Civil Veterinary Dept. Assam report 1911-1927 - 1911-1927
Year: 1911
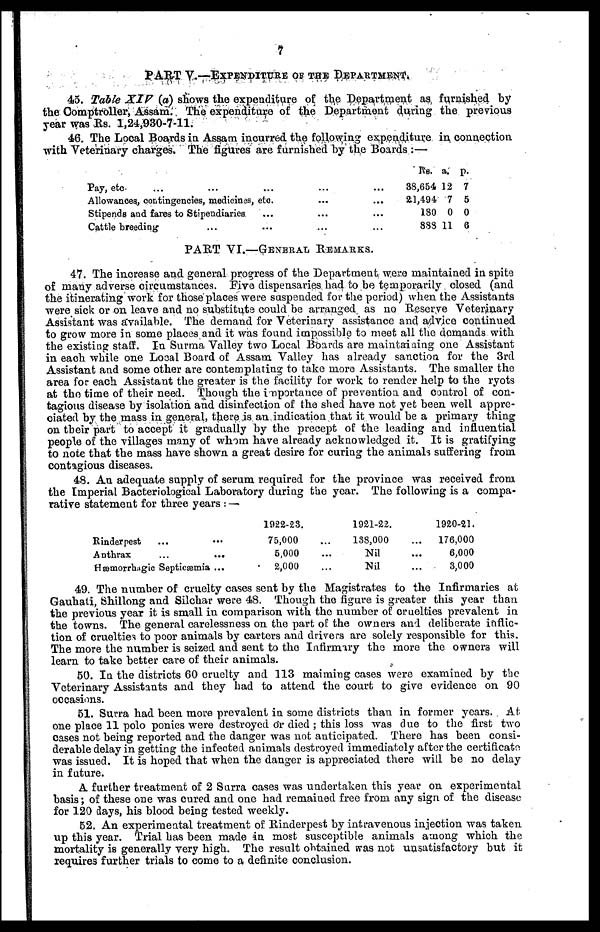
7
PART V.—EXPENDITURE OF THE DEPARTMENT.
45. Table X1V (a) shows the expenditure of the Department as furnished by
the Comptroller, Assam. The expenditure of the Department during the previous
year was Rs. 1,24,930-7-11.
46. The Local Boards in Assam incurred the following expenditure in connection
with Veterinary charges. The figures are furnished by the Boards:—
Pay, etc. ... ... ...
Allowances, contingencies, medicines, etc.
Stipends and fares to Stipendiaries ...
Cattle breeding ... ...
...
...
...
...
...
...
...
...
Rs.
38,654
21,494
180
883
a.
12
7
0
11
p.
7
5
0
6
PART VI.—GENERAL REMARKS.
47. The increase and general progress of the Department were maintained in spite
of many adverse circumstances. Five dispensaries had to be temporarily closed (and
the itinerating work for those places were suspended for the period) when the Assistants
were sick or on leave and no substitute could be arranged as no Preserve Veterinary
Assistant was available. The demand for Veterinary assistance and advice continued
to grow more in some places and it was found impossible to meet all the demands with
the existing staff. In Surma Valley two Local Boards are maintaining one Assistant
in each while one Local Board of Assam Valley has already sanction for the 3rd
Assistant and some other are contemplating to take more Assistants. The smaller the
area for each Assistant the greater is the facility for work to render help to the ryots
at the time of their need. Though the importance of prevention and control of con-
tagious disease by isolation and disinfection of the shed have not yet been well appre-
ciated by the mass in general, there is an indication that it would be a primary thing
on their part to accept it gradually by the precept of the leading and influential
people of the villages many of whom have already acknowledged it. It is gratifying
to note that the mass have shown a great desire for curing the animals suffering from
contagious diseases.
48. An adequate supply of serum required for the province was received from
the Imperial Bacteriological Laboratory during the year. The following is a compa-
rative statement for three years:—
Rinderpest ...
Anthrax ...
Hæmorrhagic Septicæmia
...
...
...
1922-23.
75,000
5,000
2,000
...
...
...
1921-22.
138,000
Nil
Nil
...
...
...
1920-21.
176,000
6,000
3,000
49. The number of cruelty cases sent by the Magistrates to the Infirmaries at
Gauhati, Shillong and Silchar were 48. Though the figure is greater this year than
the previous year it is small in comparison with the number of cruelties prevalent in
the towns. The general carelessness on the part of the owners and deliberate inflic-
tion of cruelties to poor animals by carters and drivers are solely responsible for this.
The more the number is seized and sent to the Infirmary the more the owners will
learn to take better care of their animals.
50. In the districts 60 cruelty and 113 maiming cases were examined by the
Veterinary Assistants and they had to attend the court to give evidence on 90
occasions.
51. Surra had been more prevalent in some districts than in former years. At
one place 11 polo ponies were destroyed or died; this loss was clue to the first two
oases not being reported and the danger was not anticipated. There has been consi-
derable delay in getting the infected animals destroyed immediately after the certificate
was issued. It is hoped that when the danger is appreciated there will be no delay
in future.
A further treatment of 2 Surra cases was undertaken this year on experimental
basis; of these one was cured and one had remained free from any sign of the disease
for 120 days, his blood being tested weekly.
52. An experimental treatment of Rinderpest by intravenous injection was taken
up this year. Trial has been made in most susceptible animals among which the
mortality is generally very high. The result obtained was not unsatisfactory but it
requires further trials to come to a definite conclusion.